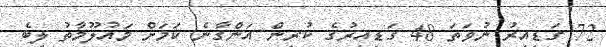
72 ގަޑިއިރު ނުވަތަ 48 ގަޑިއިރުގެ ކުރިން އަންގާނެ ކަމަށް މައުލޫމާތު ލިބެ